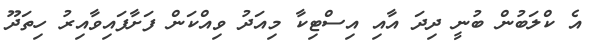
އެ ކްލަބުން ބުނީ ދިދަ އާއި އިސްޓިކާ މިއަދު ވިއްކަން ފަށާފައިވާއިރު ހިތަދޫ